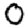
Digit: 0